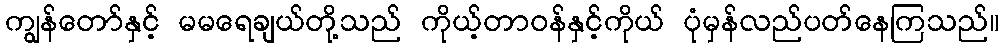
ကျွန်တော်နှင့် မမရေချယ်တို့သည် ကိုယ့်တာဝန်နှင့်ကိုယ် ပုံမှန်လည်ပတ်နေကြသည်။